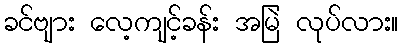
ခင်ဗျား လေ့ကျင့်ခန်း အမြဲ လုပ်လား။